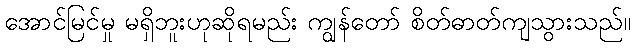
အောင်မြင်မှု မရှိဘူးဟုဆိုရမည်း ကျွန်တော် စိတ်ဓာတ်ကျသွားသည်။